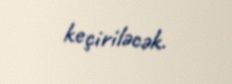
keçiriləcək.